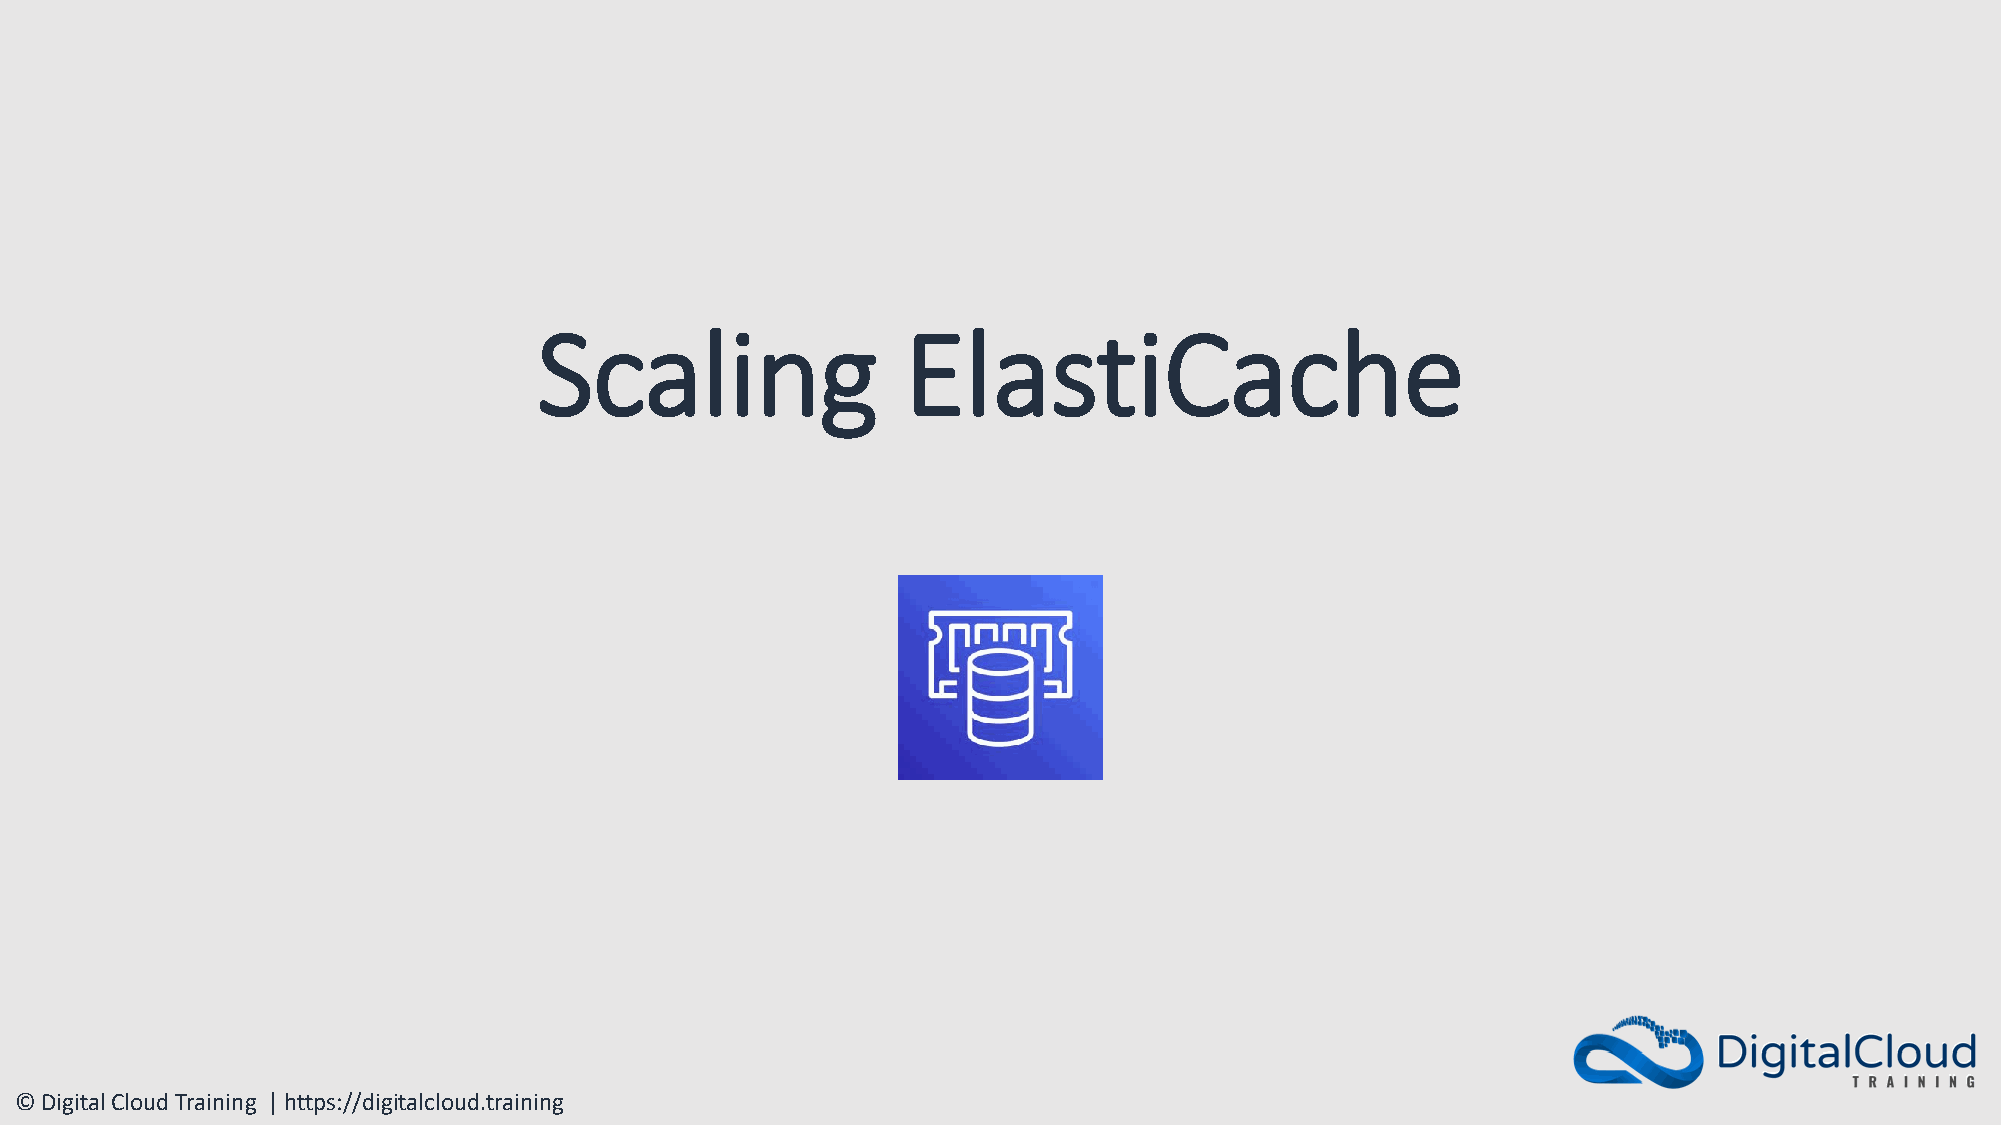
Scaling                 ElastiCache
 © Digital Cloud Training | https://digitalcloud.training